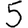
Digit: 5